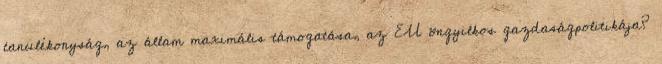
tanulékonyság, az állam maximális támogatása, az EU öngyilkos gazdaságpolitikája?